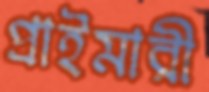
প্রাইমারী